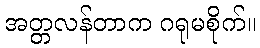
အတ္တလန်တာက ဂရုမစိုက်။